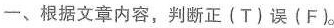
一、根据文章内容，判断正 (T) 误 (F)。